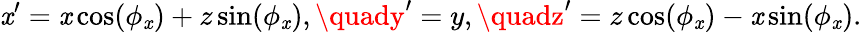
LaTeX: \mathit{x}^{\prime}=\mathit{x}\cos(\phi_{\mathit{x}})+z\sin(\phi_{\mathit{x}}),\quady^{\prime}=y,\quadz^{\prime}=z\cos(\phi_{\mathit{x}})-\mathit{x}\sin(\phi_{\mathit{x}}).